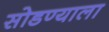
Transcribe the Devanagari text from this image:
सोडण्याला